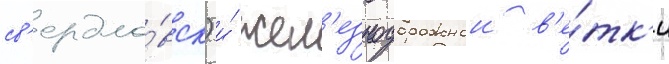
св'ердло́вск) и́ жел'езнодорожнои в'е́тк'и